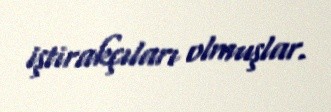
iştirakçıları olmuşlar.